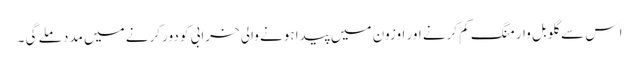
ا س سے گلوبل وارمنگ کم کرنے اور اوزون میں پیدا ہونے والی خرابی کو دور کرنے میں مدد ملے گی ۔